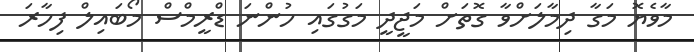
މާވެޔޮ މަގާ ދިމާލަށްވާ ގޮތަށް މަޖީދީ މަގުގައި ހުންނަ ޑްރީމްސް މޯބައިލް ފިހާރަ